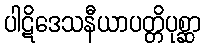
ပါဋိဒေသနီယာပတ္တိပုစ္ဆာ